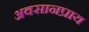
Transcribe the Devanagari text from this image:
अवसानप्राय